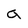
Character: g